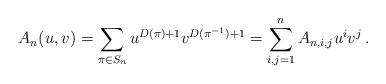
LaTeX: \begin{align*}A_n(u,v) = \sum_{\pi\in S_n} u^{D(\pi)+1} v^{D(\pi^{-1})+1} = \sum_{i,j=1}^{n} A_{n,i,j} u^i v^j\,.\end{align*}